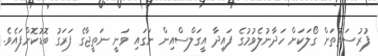
ފުރުސަތުތަށް ގޯލަކަށް ހަދާނުލެވުމުގެ ފައިދާ އީގަލްސްއިން ނަގައި ވަނީ ނަތީޖާގެ ފަރަގު ބޮޑުކޮށްފައެވެ.